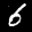
Label: 6